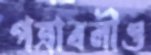
পত্রাবলীও